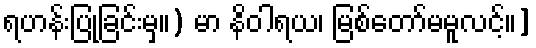
ရဟန်းပြုခြင်းမှ။) မာ နိဝါရယ၊ မြစ်တော်မမူလင့်။]